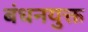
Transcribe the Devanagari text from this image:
बंधनयुक्त